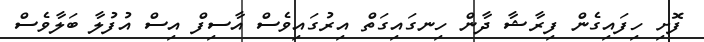
ފޮށި ހިފައިގެން ފިރާޝާ ދާން ހިނގައިގަތް އިރުގައިވެސް އާސިފް އިސް އުފުލާ ބަލާވެސް